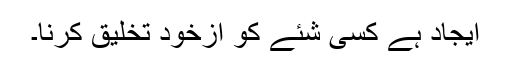
ایجاد ہے کسی شئے کو ازخود تخلیق کرنا۔